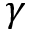
\gamma